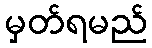
မှတ်ရမည်